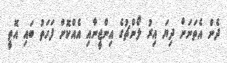
ދެން އެތަނަށް ދިޔަ އިރު ލޯންޗުގެ އިންޖީނާއި އެއްކޮށް ފަހަތު ބައި އޮތީ